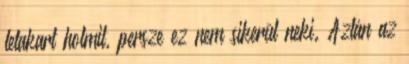
letakart holmit, persze ez nem sikerül neki. Aztán az